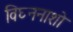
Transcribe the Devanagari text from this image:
विघ्ननाशो